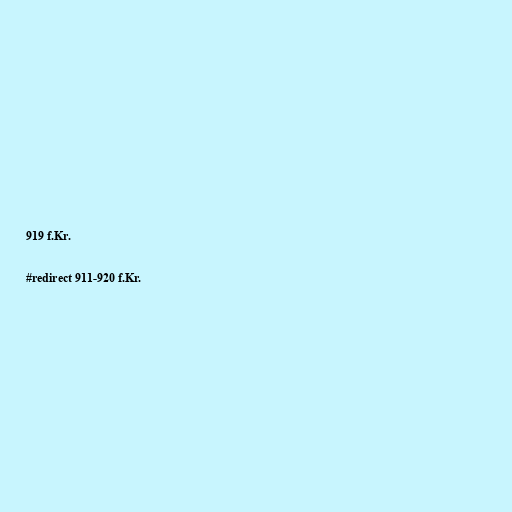
919 f.Kr.

#redirect 911-920 f.Kr.